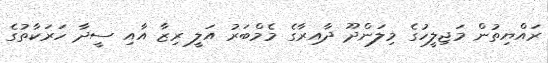
ރައްޔިތުން މަޖިލީހުގެ މިލަންދޫ ދާއިރާގެ މެމްބަރު އަލީ ރިޒާ އާއި ސީދާ ހަރަކާތުގެ